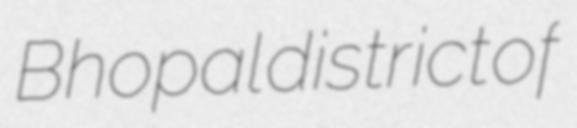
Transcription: Bhopal district of